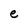
Character: e